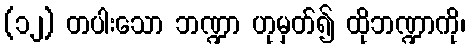
(၁၂) တပါးသော ဘဏ္ဍာ ဟုမှတ်၍ ထိုဘဏ္ဍာကို၊